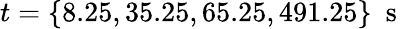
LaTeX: t=\{ 8.25,35.25,65.25,491.25\} \ \mathrm{~s~}